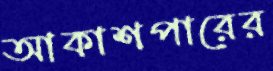
আকাশপারের